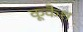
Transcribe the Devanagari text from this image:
कूकैश